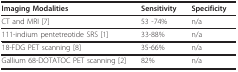
<table><thead><tr><td><b>Imaging Modalities</b></td><td><b>Sensitivity</b></td><td><b>Specificity</b></td></tr></thead><tbody><tr><td>CT and MRI [7]</td><td>53 -74%</td><td>n/a</td></tr><tr><td>111-indium pentetreotide SRS [1]</td><td>33-88%</td><td>n/a</td></tr><tr><td>18-FDG PET scanning [8]</td><td>35-66%</td><td>n/a</td></tr><tr><td>Gallium 68-DOTATOC PET scanning [2]</td><td>82%</td><td>n/a</td></tr></tbody></table>